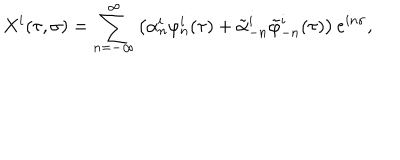
X ^ { i } ( \tau , \sigma ) = \sum _ { n = - \infty } ^ { \infty } \left( \alpha _ { n } ^ { i } \varphi _ { n } ^ { i } ( \tau ) + \tilde { \alpha } _ { - n } ^ { i } \tilde { \varphi } _ { - n } ^ { i } ( \tau ) \right) e ^ { i n \sigma } ,